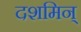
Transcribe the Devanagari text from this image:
दशमिन्‌